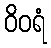
ဝိဝရံ